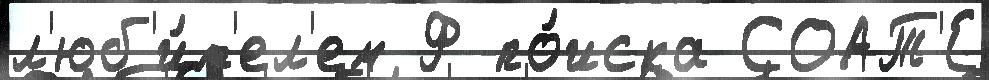
л'юб'и́т'ел'ем Ф по́иска СОАТ'Е